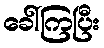
ခေါ်ကြပြီး